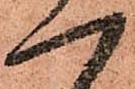
一